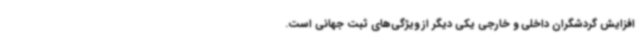
افزایش گردشگران داخلی و خارجی یکی دیگر از ویژگی‌های ثبت جهانی است.